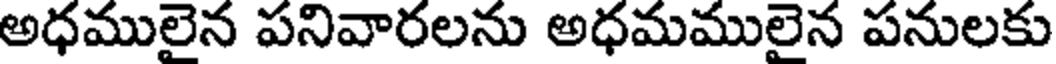
అధములైన పనివారలను అధమములైన పనులకు